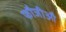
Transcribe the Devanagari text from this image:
फौजीऔ